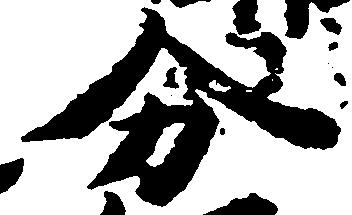
分